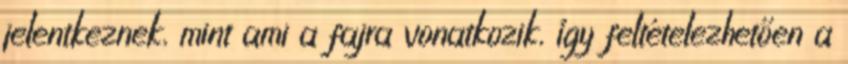
jelentkeznek, mint ami a fajra vonatkozik, így feltételezhetően a